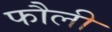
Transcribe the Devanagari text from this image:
फौली